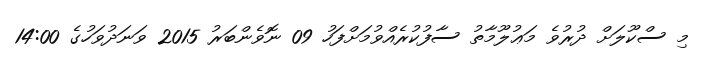
މި ސްކޫލަށް ދުރުވެ މަޢުލޫމާތު ސާފުކުރެއްވުމަށްފަހު 09 ނޮވެންބަރު 2015 ވަނަދުވަހުގެ 14:00